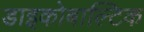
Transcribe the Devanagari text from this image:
डाइकोबाल्टिक